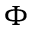
\Phi